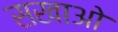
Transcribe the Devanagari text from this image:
सखाओ